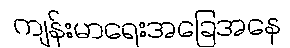
ကျန်းမာရေးအခြေအနေ